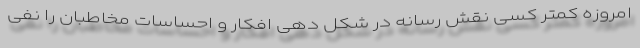
امروزه کمتر کسی نقش رسانه در شکل دهی افکار و احساسات مخاطبان را نفی